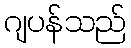
ဂျပန်သည်